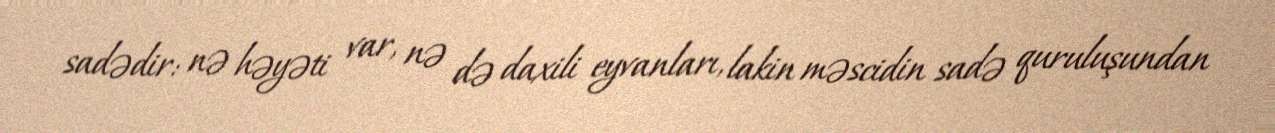
sadədir: nə həyəti var, nə də daxili eyvanları, lakin məscidin sadə quruluşundan